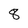
Character: 8